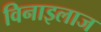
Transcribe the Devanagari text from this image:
विनाइलाज